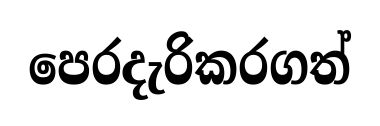
පෙරදැරිකරගත්